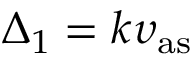
\Delta _ { 1 } = k \upsilon _ { \mathrm { a s } }